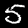
Digit: 5